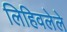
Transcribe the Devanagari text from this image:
लिहिवलेले